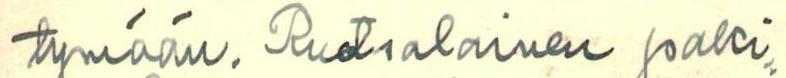
tymään. Ruotsalainen paki=